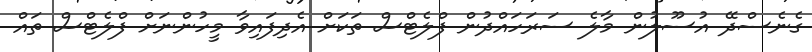
ގެނެސްދޭ އުސޫލުން މާލެ ސަރަހައްދުން ފްލެޓްސް ތަކަށް އެދިފައިވާ މީހުންނަށް ފްލެޓްސް ތައް